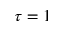
\tau = 1